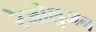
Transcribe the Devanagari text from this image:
रेजोलुजन